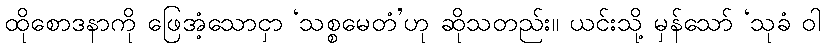
ထိုစောဒနာကို ဖြေအံ့သောငှာ ‘သစ္စမေတံ’ဟု ဆိုသတည်း။ ယင်းသို့ မှန်သော် ‘သုခံ ဝါ